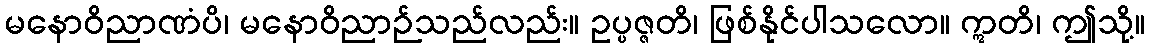
မနောဝိညာဏံပိ၊ မနောဝိညာဉ်သည်လည်း။ ဥပ္ပဇ္ဇတိ၊ ဖြစ်နိုင်ပါသလော။ ဣတိ၊ ဤသို့။